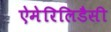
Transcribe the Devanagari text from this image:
ऐमेरिलिडैसी